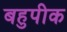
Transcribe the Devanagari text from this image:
बहुपीक